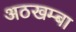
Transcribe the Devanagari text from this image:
अठखम्बा